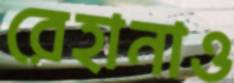
রেহানাও